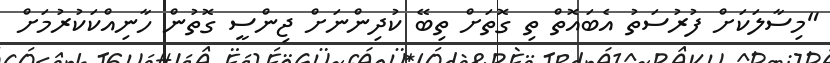
"މިސާލަކަށް ފުރުސަތު އެބައޮތް ތި ގޮތަށް ތިބޭ ކުދިންނަށް ޖިންސީ ގޮތުން ހާނިއްކަކުރުމަށް